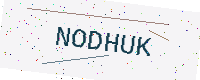
Text: NODHUK